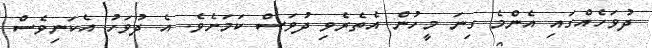
ދުވަހެއްގައި އެންމެ ގިނަ މީހުން އެތެރެވި ދުވަސް ކަމަށެވެ. އެ ދުވަހު އެކަނިވެސް